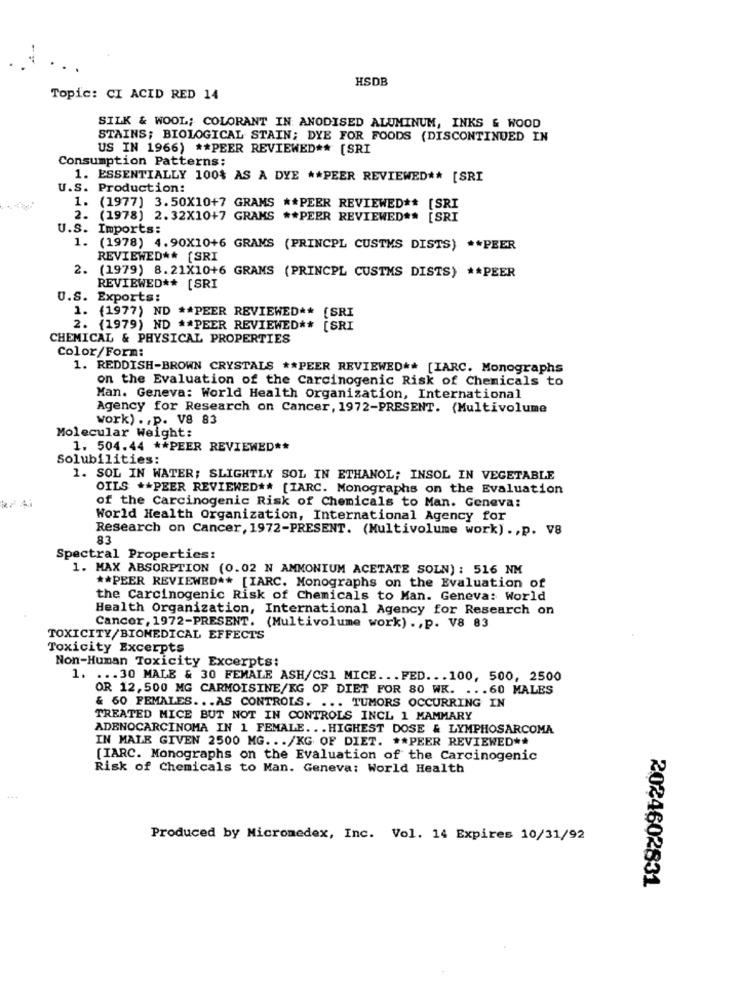
HSDB
Topic: CI ACID RED 14
SILK & WOOL; COLORANT IN ANODISED ALUMINUM, INKS & WOOD
STAINS; BIOLOGICAL STAIN; DYE FOR FOODS (DISCONTINUED IN
US IN 1966) ** PEER REVIEWED ** [SRI
Consumption Patterns:
1. ESSENTIALLY 100% AS A DYE ** PEER REVIEWED ** [SRI
U.S. Production:
1. (1977) 3.50X10+7 GRAMS ** PEER REVIEWED ** [SRI
2. (1978) 2.32X10+7 GRAMS ** PEER REVIEWED ** [SRI
U.S. Imports:
1. (1978) 4.90X10+6 GRAMS (PRINCPL CUSTMS DISTS) ** PEER
REVIEWED ** [SRI
2.
(1979) 8.21X10+6 GRAMS (PRINCPL CUSTMS DISTS) ** PEER
REVIEWED ** [SRI
U.S. Exports:
1. (1977) ND ** PEER REVIEWED ** [SRI
2. (1979) ND ** PEER REVIEWED ** [SRI
CHEMICAL & PHYSICAL PROPERTIES
Color/Form:
1. REDDISH-BROWN CRYSTALS ** PEER REVIEWED ** [IARC. Monographs
on the Evaluation of the Carcinogenic Risk of Chemicals to
Man. Geneva: World Health Organization, International
Agency for Research on Cancer, 1972-PRESENT. (Multivolume
work) . , p. V8 83
Molecular Weight:
1. 504.44 ** PEER REVIEWED **
Solubilities:
1. SOL IN WATER; SLIGHTLY SOL IN ETHANOL; INSOL IN VEGETABLE
OILS ** PEER REVIEWED ** [IARC. Monographs on the Evaluation
of the Carcinogenic Risk of Chemicals to Man. Geneva:
World Health Organization, International Agency for
Research on Cancer, 1972-PRESENT. (Multivolume work) ., p. V8
83
Spectral Properties:
1. MAX ABSORPTION (0.02 N AMMONIUM ACETATE SOLN) : 516 NM
** PEER REVIEWED ** [IARC. Monographs on the Evaluation of
the Carcinogenic Risk of Chemicals to Man. Geneva: World
Health Organization, International Agency for Research on
Cancer, 1972-PRESENT. (Multivolume work) ., p. V8 83
TOXICITY/BIOMEDICAL EFFECTS
Toxicity Excerpts
Non-Human Toxicity Excerpts:
1. ... 30 MALE & 30 FEMALE ASH/CS1 MICE ... FED ... 100, 500, 2500
OR 12, 500 MG CARMOISINE/KG OF DIET FOR 80 WK. ... 60 MALES
& 60 FEMALES ... AS CONTROLS. ... TUMORS OCCURRING IN
TREATED MICE BUT NOT IN CONTROLS INCL 1 MAMMARY
ADENOCARCINOMA IN 1 FEMALE ... HIGHEST DOSE & LYMPHOSARCOMA
IN MALE GIVEN 2500 MG ... /KG OF DIET. ** PEER REVIEWED **
[IARC. Monographs on the Evaluation of the Carcinogenic
Risk of Chemicals to Man. Geneva: World Health
Produced by Micromedex, Inc. Vol. 14 Expires 10/31/92
2024602831